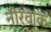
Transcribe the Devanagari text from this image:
नोरवाक